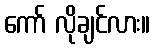
ကော် လိုချင်လား။